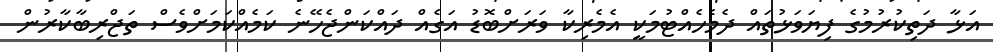
އަޅާ ދަތިކުރުމުގެ ފިޔަވަޅުތައް ދެމެހެއްޓުމަކީ އެމެރިކާ ވަރަށްބޮޑު އަގެއް ދައްކަންޖެހޭނެ ކަމެއްކަމަށްވެސް ތަޖްރިބާކާރުން